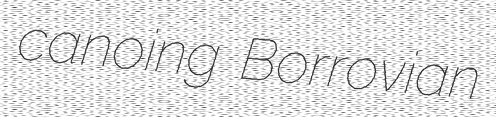
canoing Borrovian